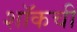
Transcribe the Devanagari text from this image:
शॉकची